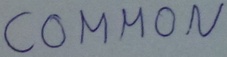
Text: COMMON